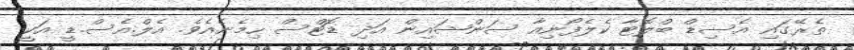
ތެރޭގައި އެސިޑް ބްލޮޓާ ކެލެފޯނިއާ ސަންޝައިން އަދި ޑޮޓްސް ހިމެނެއެވެ. އެލް.އެސް.ޑީ އަކީ